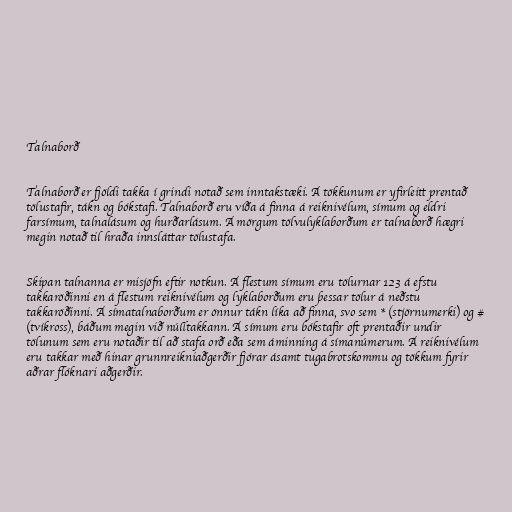
Talnaborð

Talnaborð er fjöldi takka í grindi notað sem inntakstæki. Á tökkunum er yfirleitt prentað
tölustafir, tákn og bókstafi. Talnaborð eru víða á finna á reiknivélum, símum og eldri
farsímum, talnalásum og hurðarlásum. Á mörgum tölvulyklaborðum er talnaborð hægri
megin notað til hraða innsláttar tölustafa.

Skipan talnanna er misjöfn eftir notkun. Á flestum símum eru tölurnar 123 á efstu
takkaröðinni en á flestum reiknivélum og lyklaborðum eru þessar tölur á neðstu
takkaröðinni. Á símatalnaborðum er önnur tákn líka að finna, svo sem * (stjörnumerki) og #
(tvíkross), báðum megin við núlltakkann. Á símum eru bókstafir oft prentaðir undir
tölunum sem eru notaðir til að stafa orð eða sem áminning á símanúmerum. Á reiknivélum
eru takkar með hinar grunnreikniaðgerðir fjórar ásamt tugabrotskommu og tökkum fyrir
aðrar flóknari aðgerðir.